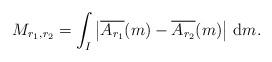
LaTeX: \begin{align*} M_{r_1,r_2} &= \int_I \left| \overline{ A_{r_1}} (m) - \overline{ A_{r_2}} (m) \right| \,\mathrm dm .\end{align*}